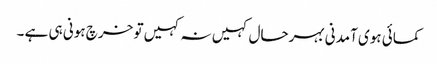
کمائی ہوی آمدنی بہرحال کہیں نہ کہیں تو خرچ ہونی ہی ہے ۔